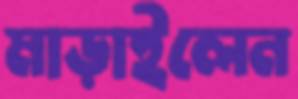
মাড়াইলেন